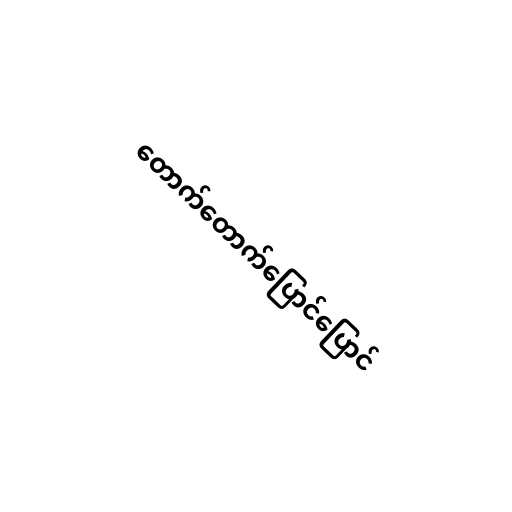
တောက်တောက်ပြောင်ပြောင်